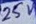
Text: 25V